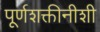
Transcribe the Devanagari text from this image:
पूर्णशक्तीनीशी